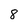
Character: 8